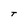
Character: T